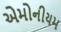
એમોનીયમ